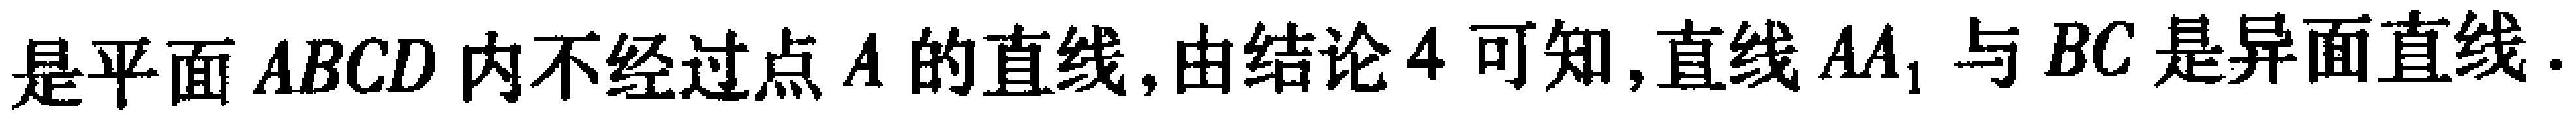
是平面 \(ABCD\) 内不经过点 \(A\) 的直线, 由结论 \(4\) 可知, 直线 \(AA_{1}\) 与 \(BC\) 是异面直线.